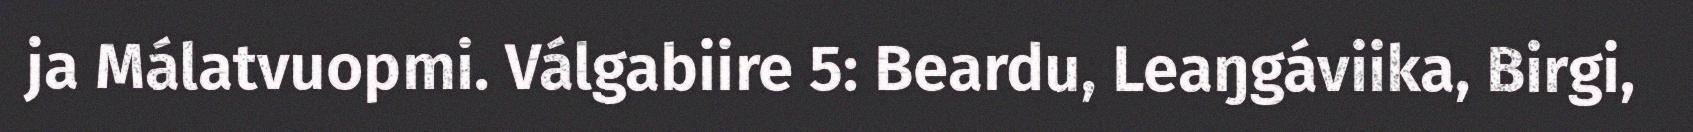
ja Málatvuopmi. Válgabiire 5: Beardu, Leaŋgáviika, Birgi,